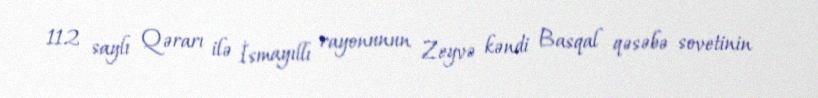
112 saylı Qərarı ilə İsmayıllı rayonunun Zeyvə kəndi Basqal qəsəbə sovetinin